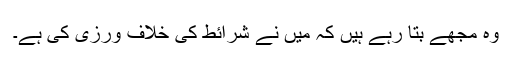
وہ مجھے بتا رہے ہیں کہ میں نے شرائط کی خلاف ورزی کی ہے۔